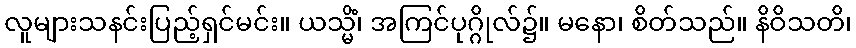
လူများသနင်းပြည့်ရှင်မင်း။ ယသ္မိံ၊ အကြင်ပုဂ္ဂိုလ်၌။ မနော၊ စိတ်သည်။ နိဝိသတိ၊